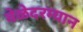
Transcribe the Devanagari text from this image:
वेळेदरम्यान